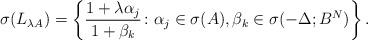
LaTeX: \begin{align*}\sigma(L_{\lambda A})=\left\{ \frac{1+\lambda\alpha_j}{1+\beta_k}\colon \alpha_j \in\sigma(A), \beta_k\in \sigma(-\Delta; B^N)\right\}.\end{align*}